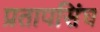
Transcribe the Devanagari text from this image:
प्रतापसिंघ